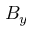
B _ { y }